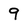
Character: 9